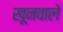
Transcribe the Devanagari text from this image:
खूनवाले